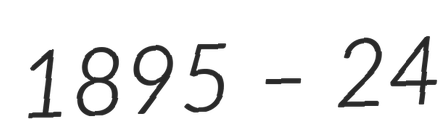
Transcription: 1895 – 24